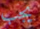
يجب